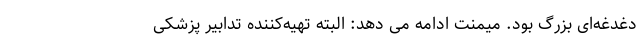
دغدغه‌ای بزرگ بود. میمنت ادامه می دهد: البته تهیه‌کننده تدابیر پزشکی